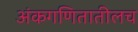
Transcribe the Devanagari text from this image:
अंकगणितातीलच